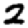
Digit: 2